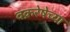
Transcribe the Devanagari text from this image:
वक्ररेषेच्या